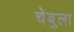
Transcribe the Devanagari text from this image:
चेबुला